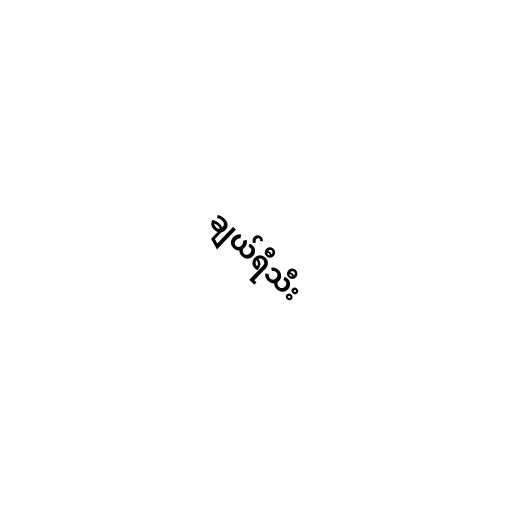
ချယ်ရီသီး